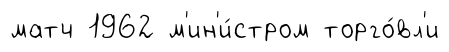
матч 1962 м'ин'и́стром торго́вл'и